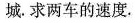
城。求两车的速度。